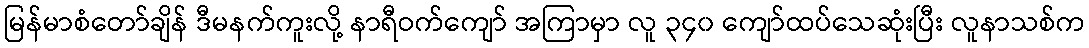
မြန်မာစံတော်ချိန် ဒီမနက်ကူးလို့ နာရီဝက်ကျော် အကြာမှာ လူ ၃၄၀ ကျော်ထပ်သေဆုံးပြီး လူနာသစ်က